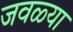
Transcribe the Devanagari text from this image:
जवळ्या